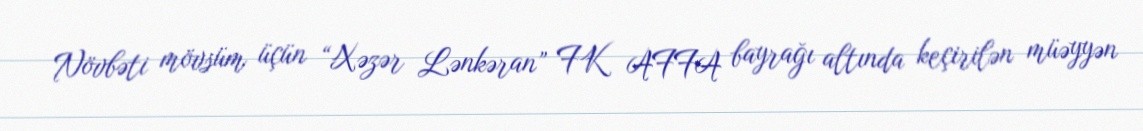
Növbəti mövsüm üçün “Xəzər Lənkəran” FK AFFA bayrağı altında keçirilən müəyyən